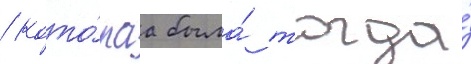
/ кото́раа была́ тогда́